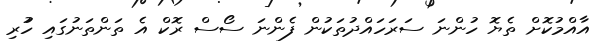
އާއްމުކޮށް ތެޔޮ ހުންނަ ސަރަހައްދުތަކުން ފެންނަ ސޯސް ރޮކް އެ ތަންތަނުގައި ހުުރި